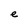
Character: e